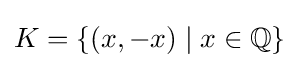
K=\{(x,-x)\mid x\in \mathbb {Q} \}